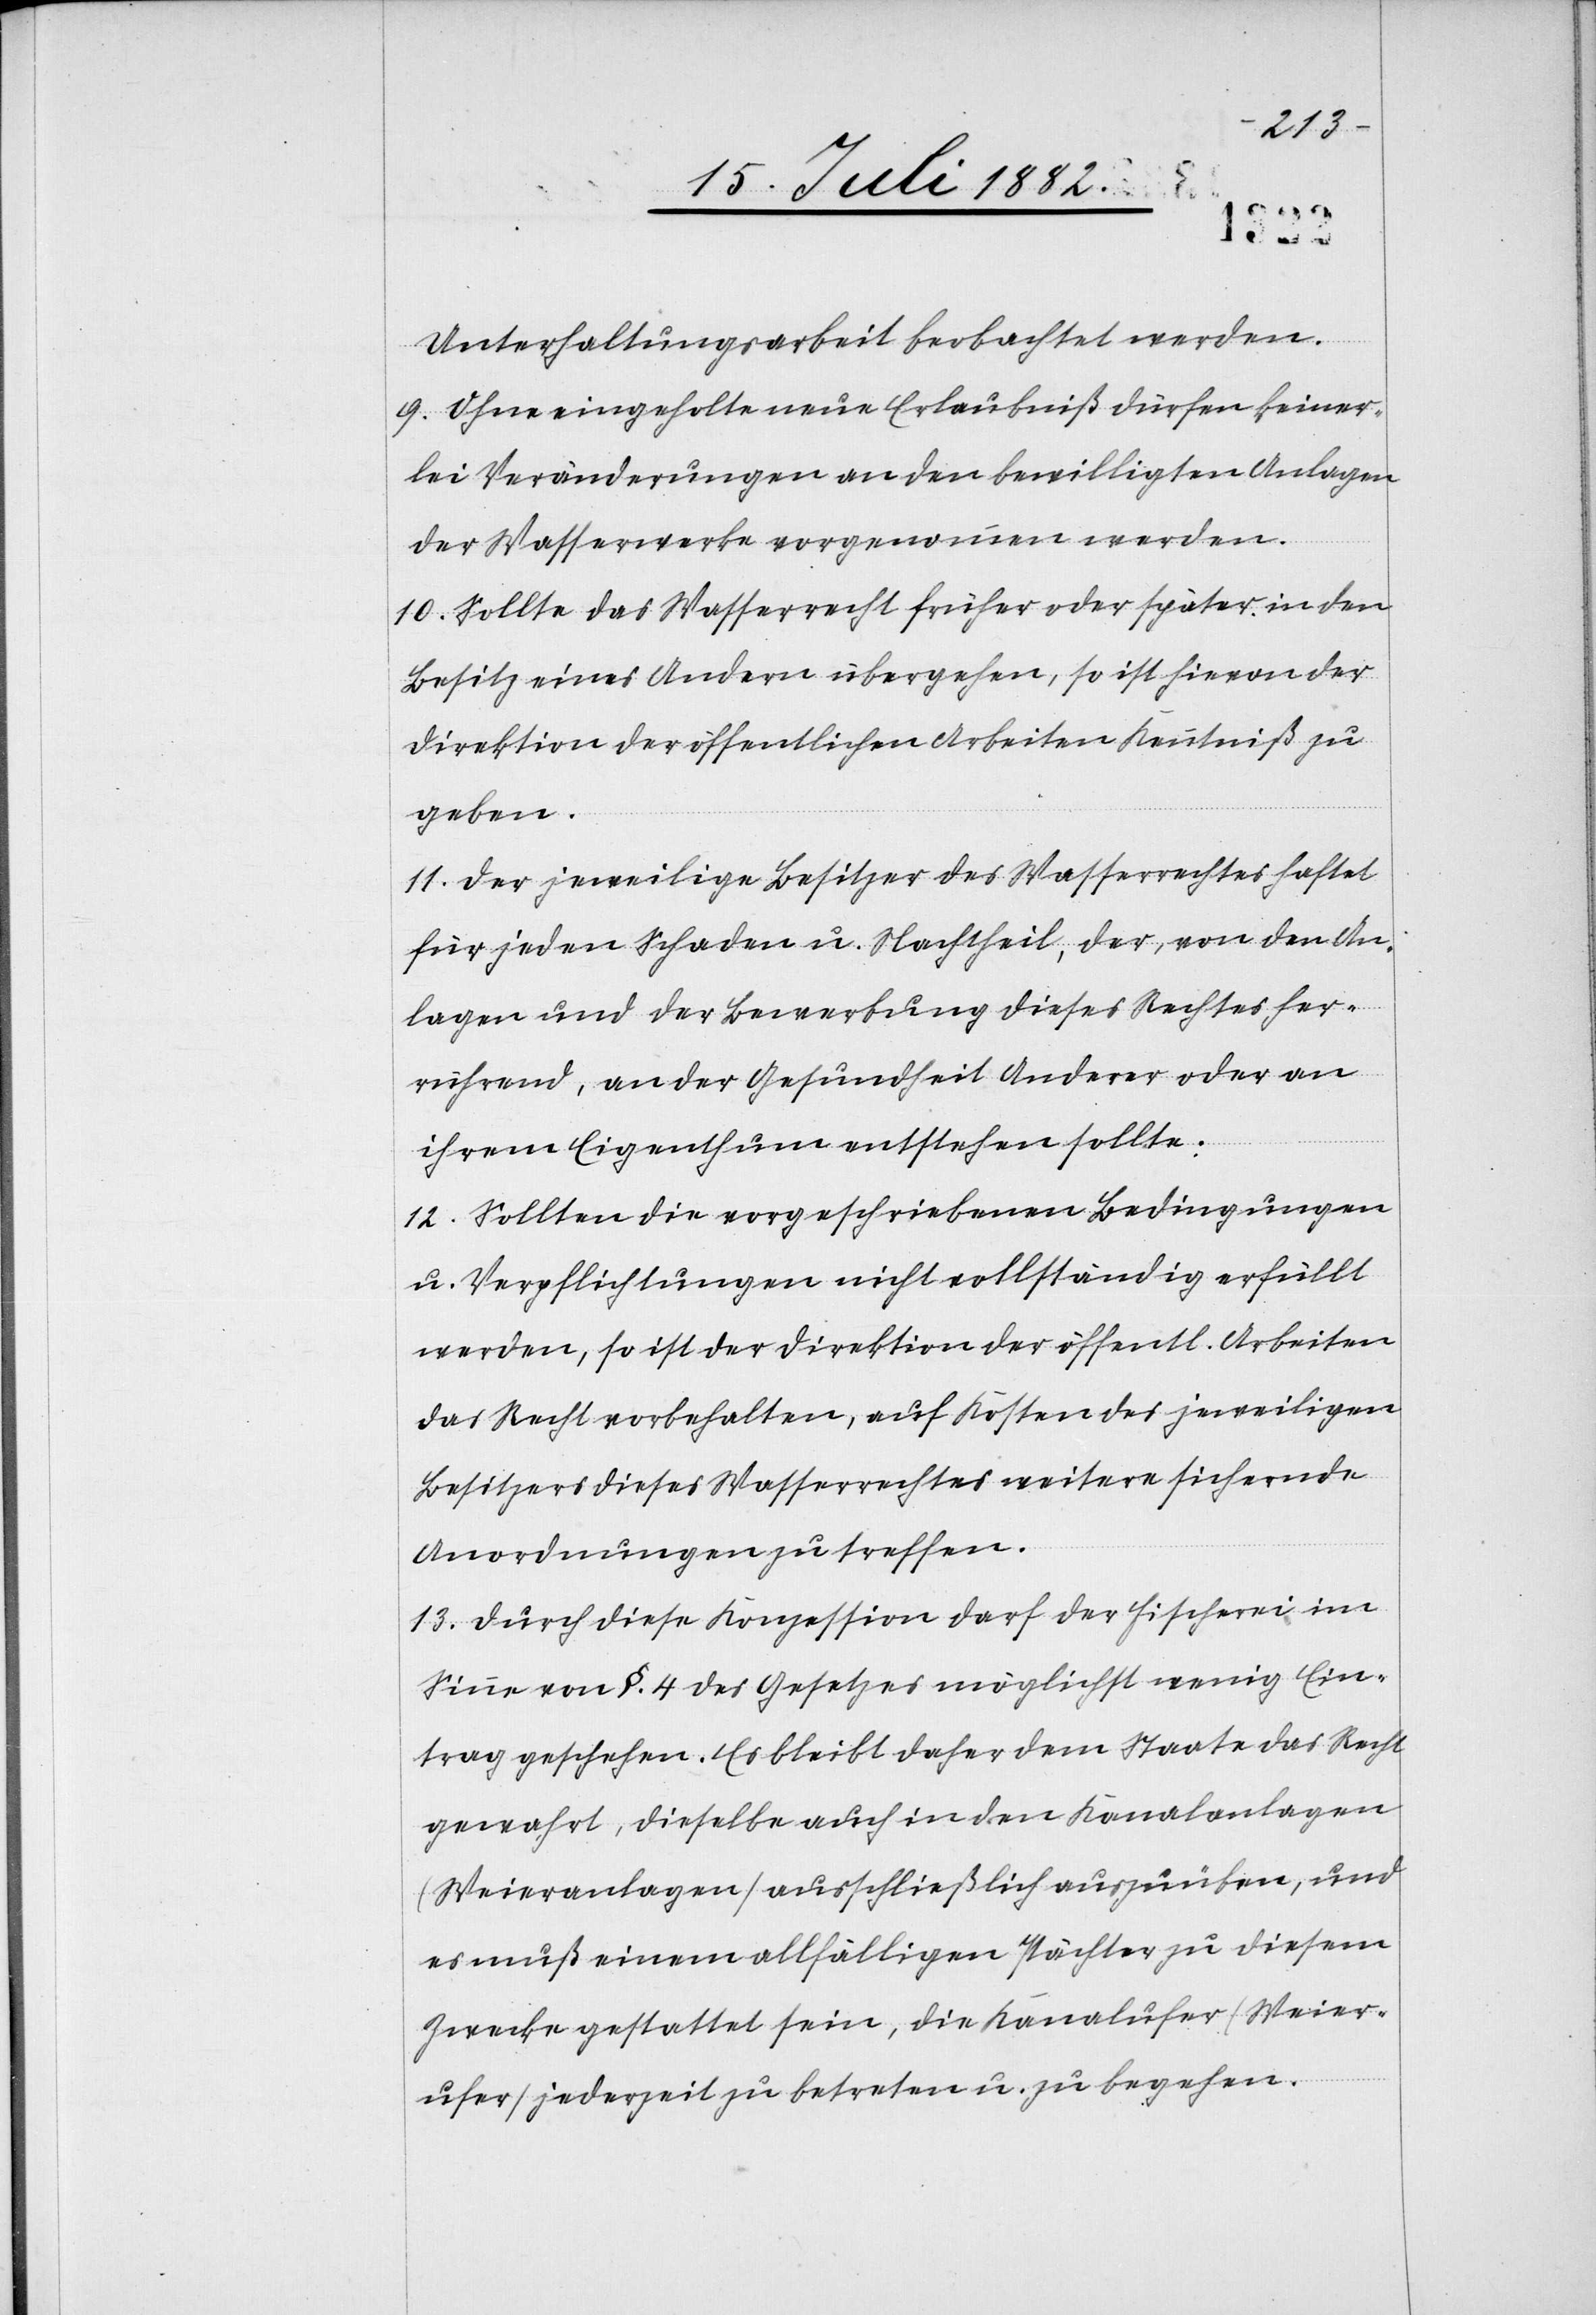
Unterhaltungsarbeit beobachtet werden.
9. Ohne eingeholte neue Erlaubniß dürfen keiner¬
lei Veränderungen an den bewilligten Anlagen
der Wasserwerke vorgenommen werden.
10. Sollte das Wasserrecht früher oder später in den
Besitz eines Andern übergehen, so ist hievon der
Direktion der öffentlichen Arbeiten Kenntniß zu
geben.
11. Der jeweilige Besitzer des Wasserrechtes haftet
für jeden Schaden u. Nachtheil, der, von den An¬
lagen und der Bewerbung dieses Rechtes her¬
rührend, an der Gesundheit Anderer oder an
ihrem Eigenthum entstehen sollte;
12. Sollten die vorgeschriebenen Bedingungen
u. Verpflichtungen nicht vollständig erfüllt
werden, so ist der Direktion der öffentl. Arbeiten
das Recht vorbehalten, auf Kosten des jeweiligen
Besitzers dieses Wasserrechtes weitere sichernde
Anordnungen zu treffen.
13. Durch diese Konzession darf der Fischerei im
Sinne von §. 4 des Gesetzes möglichst wenig Ein¬
trag geschehen. Es bleibt daher dem Staate das Recht
gewahrt, dieselbe auch in den Kanalanlagen
(Weieranlagen) ausschließlich auszuüben, und
es muß einem allfälligen Pächter zu diesem
Zwecke gestattet sein, die Kanalufer (Weier¬
ufer) jederzeit zu betreten u. zu begehen.